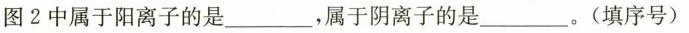
图2中属于阳离子的是___，属于阴离子的是___。(填序号)